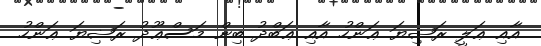
އާއި ޢަލީ ރަޟިޔަ ޢަންހު އާއި ޢަބްދު ބިން މަސްޢޫދު ރަޟިޔަ ޢަންހު